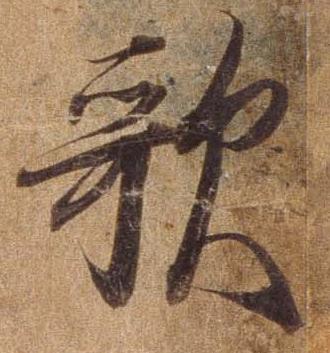
歌